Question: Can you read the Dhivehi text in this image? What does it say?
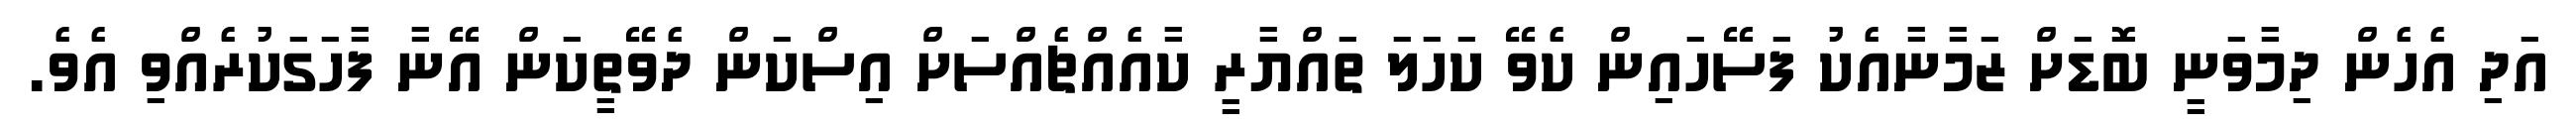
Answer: އަދި އެހެން ދިމާވަނީ ބޮޑަށް ޒަމާނާއެކު ފަސޭހައިން ކެވޭ ކަހަލަ ތައްޔާރީ ކާއެއްޗެއްސަށް އިސްކަން ދެވޭތީކަން އޭނާ ފާހަގަކުރެއްވި އެވެ.